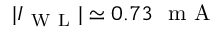
| I _ { \mathrm { ~ W ~ L ~ } } | \simeq 0 . 7 3 ~ \mathrm { ~ m ~ A ~ }